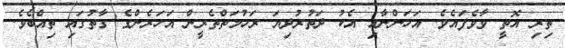
ތިރި އޮތީ ވާވެފައެވެ. އަހަންނާއި އެކު ދަތުރުދިޔަ ރަހުމަތްތެރީން އަހަރެންގެ ގާތުގައި ތިއްބެވެ.